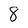
Character: 8